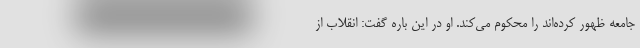
جامعه ظهور کرده‌اند را محکوم می‌کند. او در این باره گفت: انقلاب از